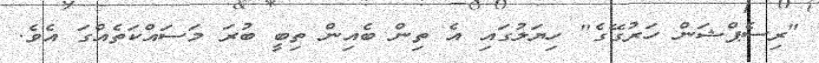
"ރިސެޕްޝަން ހަރުގޭގެ" ހިޔަލުގައި އެ ތިން ބެއިން ތިބީ ބުރަ މަސައްކަތެއްގަ އެވެ.